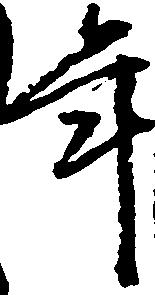
年